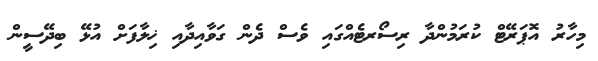
މިހާރު އޮޕަރޭޓް ކުރަމުންދާ ރިސޯރޓެއްގައި ވެސް ދެން ގަވާއިދާއި ޚިލާފަށް އުޅޭ ބިދޭސީން